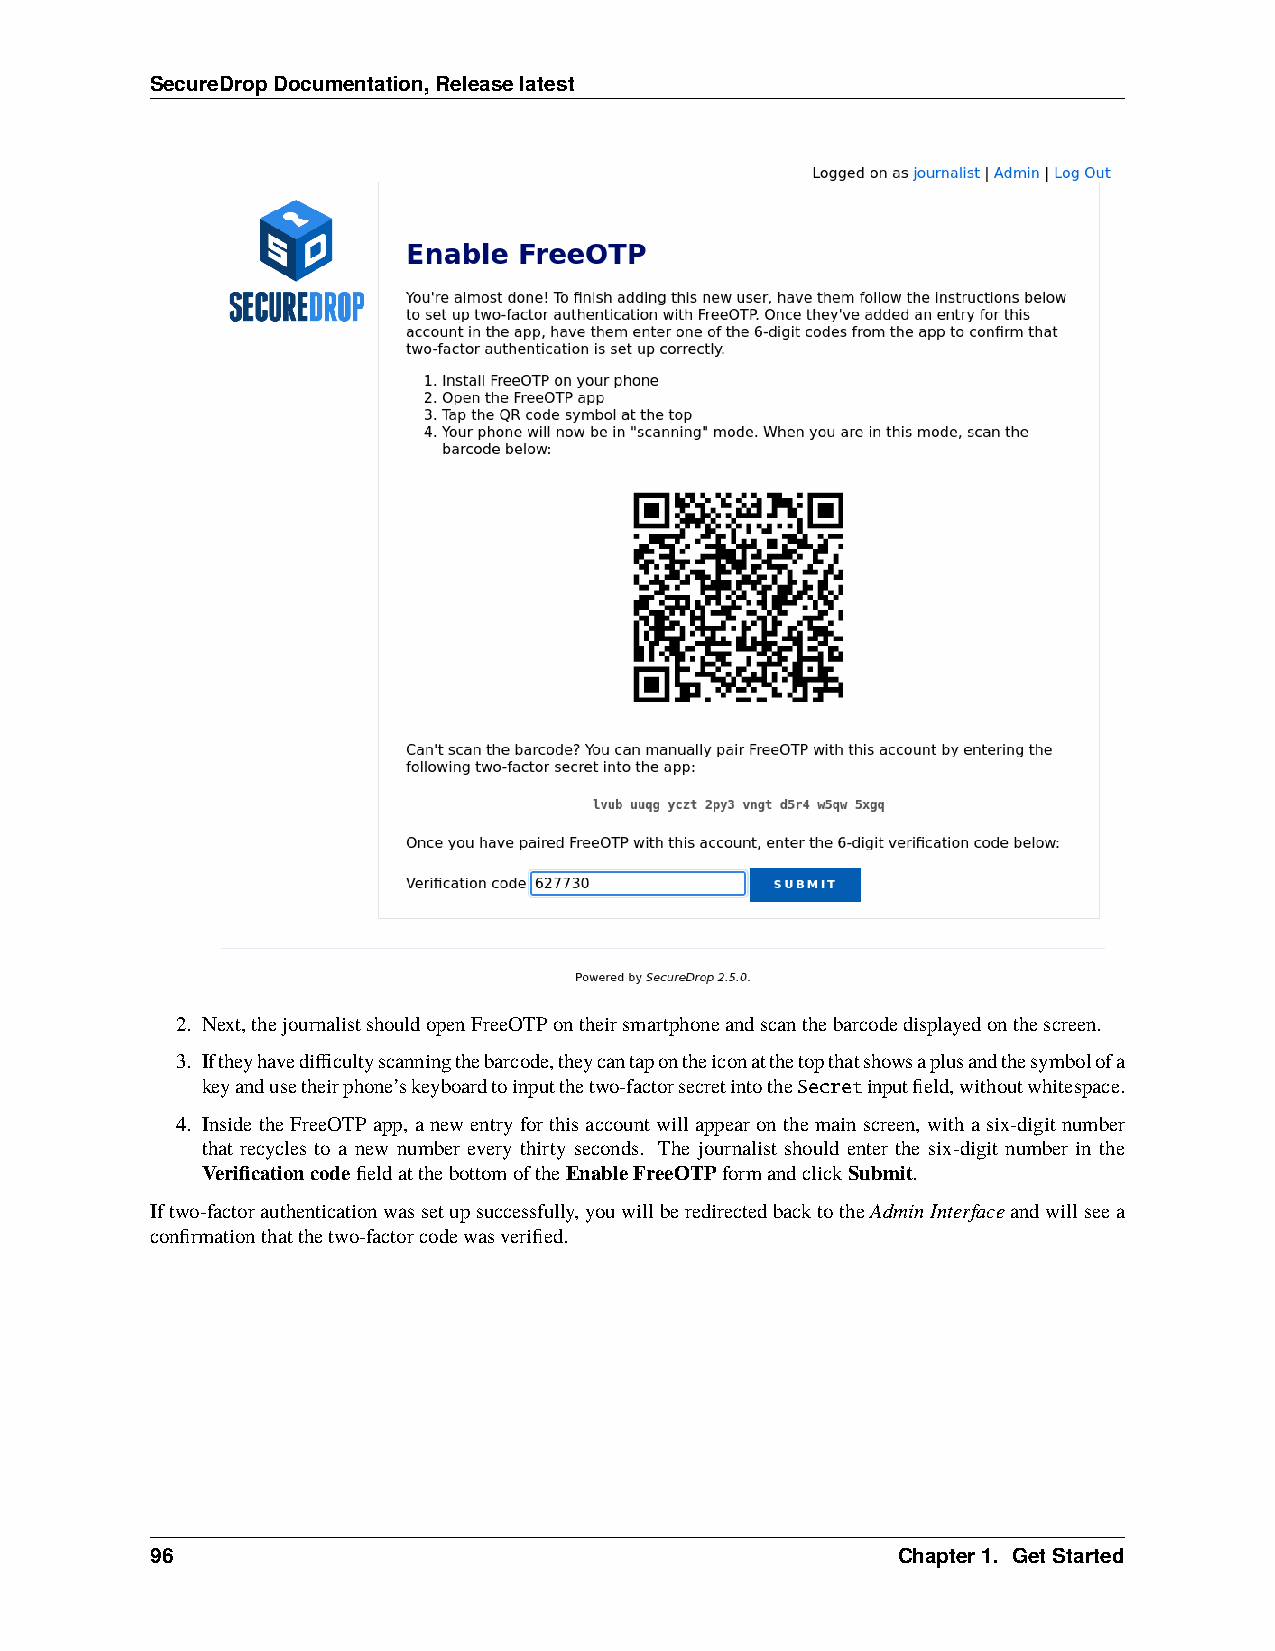
SecureDropDocumentation,Releaselatest
 2. Next,thejournalistshouldopenFreeOTPontheirsmartphoneandscanthebarcodedisplayedonthescreen.
 3. Iftheyhavedifficultyscanningthebarcode,theycantapontheiconatthetopthatshowsaplusandthesymbolofa
 keyandusetheirphone’skeyboardtoinputthetwo-factorsecretintotheSecretinputfield,withoutwhitespace.
 4. Inside theFreeOTP app, a newentry forthis account willappear onthe mainscreen, witha six-digit number
 that recycles to a new number every thirty seconds. The journalist should enter the six-digit number in the
 VerificationcodefieldatthebottomoftheEnableFreeOTPformandclickSubmit.
 Iftwo-factorauthenticationwassetupsuccessfully,youwillberedirectedbacktotheAdminInterfaceandwillseea
 confirmationthatthetwo-factorcodewasverified.
 96                                               Chapter1. GetStarted